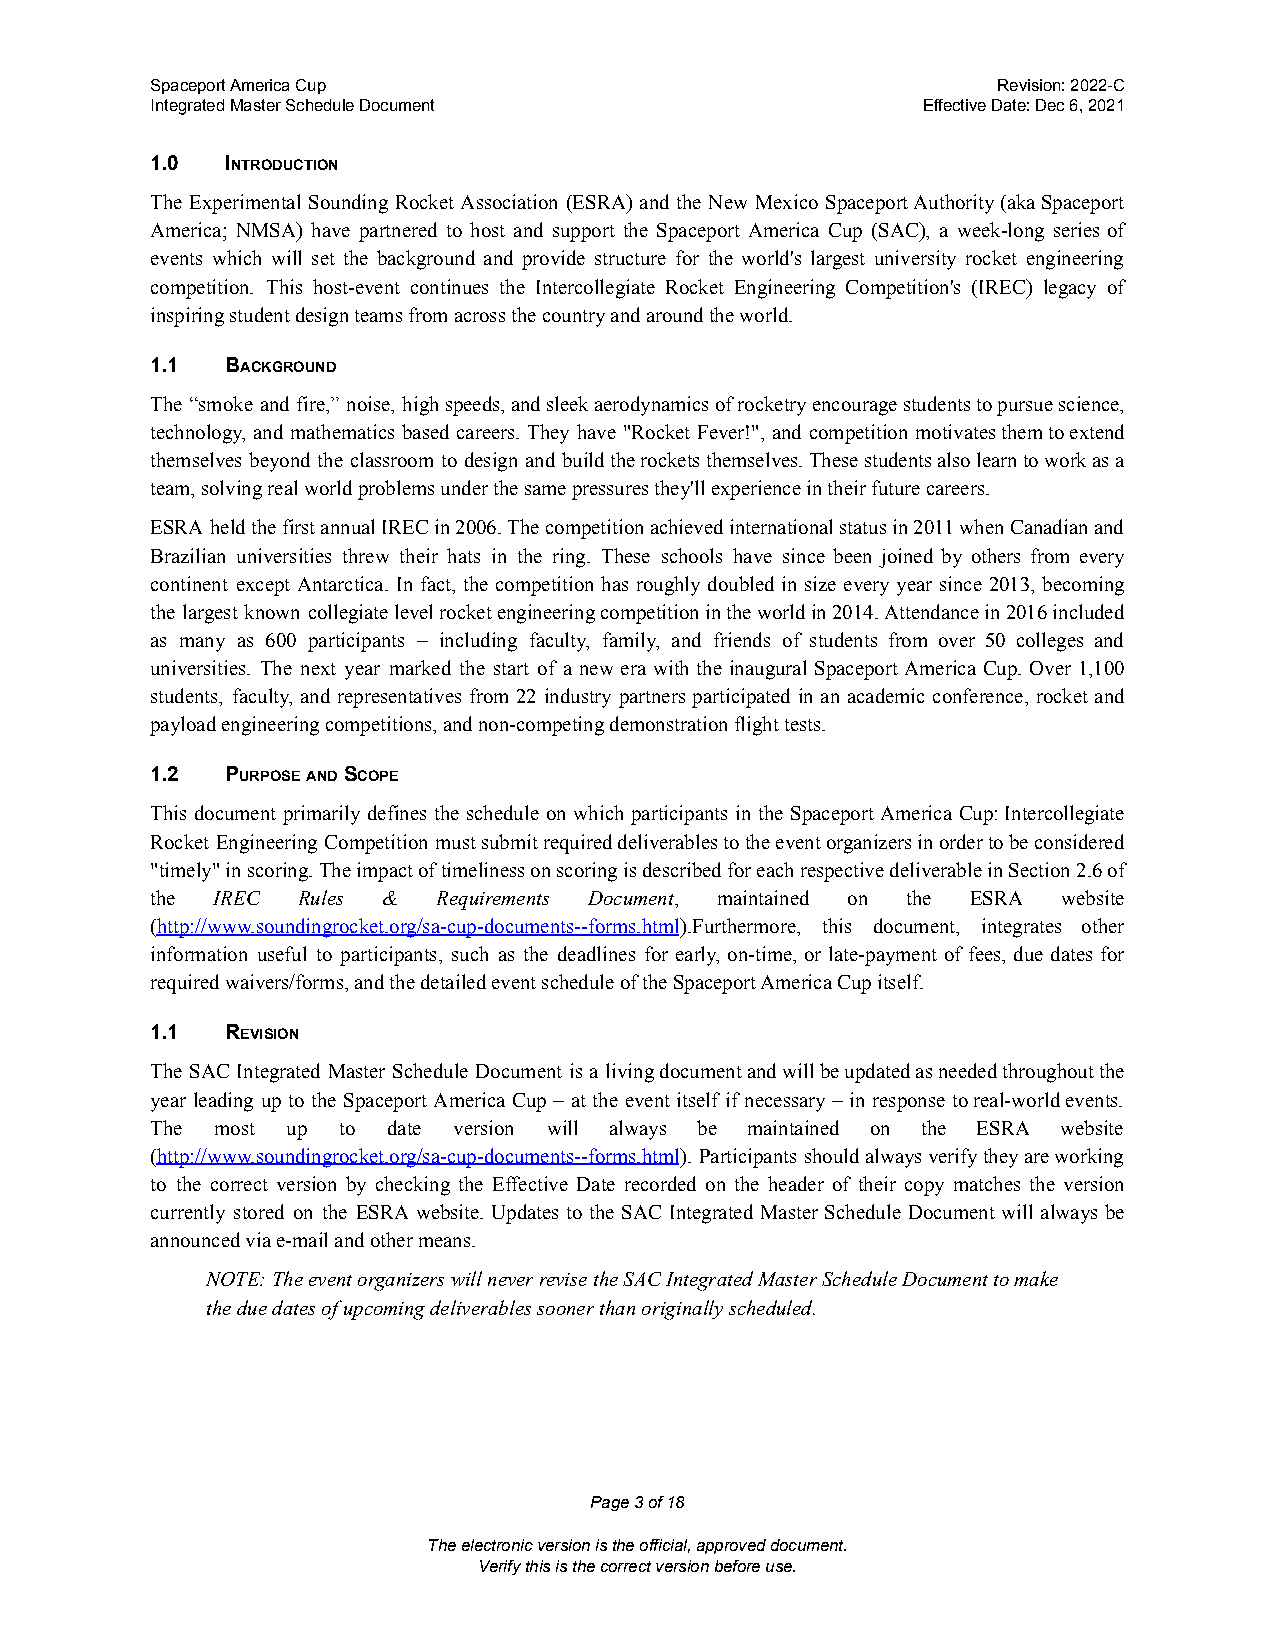
Spaceport America Cup                                   Revision: 2022-C
 Integrated Master Schedule Document                Effective Date: Dec 6, 2021
 1.0  INTRODUCTION
 The Experimental Sounding Rocket Association (ESRA) and the New Mexico SpaceportAuthority(akaSpaceport
 America; NMSA) have partnered to host and support the Spaceport America Cup (SAC), a week-long series of
 events which will set the background and provide structure for the world's largest university rocket engineering
 competition. This host-event continues the Intercollegiate Rocket Engineering Competition's (IREC) legacy of
 inspiring student design teams from across the country and around the world.
 1.1  BACKGROUND
 The “smoke and fire,” noise, highspeeds,andsleekaerodynamicsofrocketryencouragestudentstopursuescience,
 technology, and mathematics based careers. They have "Rocket Fever!", and competition motivatesthemtoextend
 themselves beyond the classroom to design and buildtherocketsthemselves.Thesestudentsalsolearntoworkasa
 team, solving real world problems under the same pressures they'll experience in their future careers.
 ESRA heldthefirstannualIRECin2006.Thecompetitionachievedinternationalstatusin2011whenCanadianand
 Brazilian universities threw their hats in the ring. These schools have since been joined by others from every
 continent except Antarctica. In fact, the competition has roughly doubled in size every year since 2013, becoming
 the largest known collegiatelevelrocketengineeringcompetitionintheworldin2014.Attendancein2016included
 as many as 600 participants – including faculty, family, and friends of students from over 50 colleges and
 universities. The next year marked the start of a new era with the inaugural Spaceport America Cup. Over 1,100
 students, faculty, and representatives from 22 industry partners participated in an academic conference, rocket and
 payload engineering competitions, and non-competing demonstration flight tests.
 1.2  PURPOSEANDSCOPE
 This document primarily defines the schedule on which participants in the Spaceport America Cup:Intercollegiate
 Rocket Engineering Competition mustsubmitrequireddeliverablestotheeventorganizersinordertobeconsidered
 "timely"inscoring.TheimpactoftimelinessonscoringisdescribedforeachrespectivedeliverableinSection2.6of
 the IREC  Rules &  Requirements Document, maintained on the ESRA website
 (http://www.soundingrocket.org/sa-cup-documents--forms.html).Furthermore, this document, integrates other
 information useful to participants, such as the deadlines for early, on-time, or late-payment of fees, due dates for
 required waivers/forms, and the detailed event schedule of the Spaceport America Cup itself.
 1.1  REVISION
 The SAC Integrated Master Schedule Document is a livingdocumentandwillbeupdatedasneededthroughoutthe
 year leading up to the Spaceport America Cup – at the event itself if necessary – in response toreal-worldevents.
 The most up to  date version will always be maintained on the ESRA website
 (http://www.soundingrocket.org/sa-cup-documents--forms.html). Participants shouldalwaysverifytheyareworking
 to the correct version by checking the Effective Date recorded on the header of their copy matches the version
 currently stored on the ESRA website. Updates to the SAC Integrated Master Schedule Document will always be
 announced via e-mail and other means.
 NOTE: The event organizers will never revise the SAC Integrated Master Schedule Document to make
 the due dates of upcoming deliverables sooner than originally scheduled.
 Page3of18
 The electronic version is the official, approved document.
 Verify this is the correct version before use.